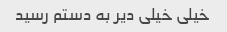
خیلی خیلی دیر به دستم رسید